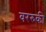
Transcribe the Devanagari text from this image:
वररुकी